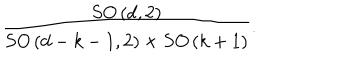
\frac { S O \left( d , 2 \right) } { S O \left( d - k - 1 , 2 \right) \times S O \left( k + 1 \right) } .